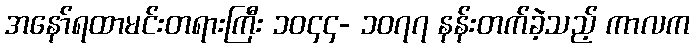
အနော်ရထာမင်းတရားကြီး ၁၀၄၄- ၁၀၇၇ နန်းတက်ခဲ့သည့် ကာလက